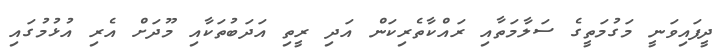
ދީފައިވަނީ މަގުމަތީގެ ސަލާމަތާއި ރައްކާތެރިކަން އަދި ރީތި އަދަބުތަކާއި މޫދަށް އެރި އުޅުމުގައި